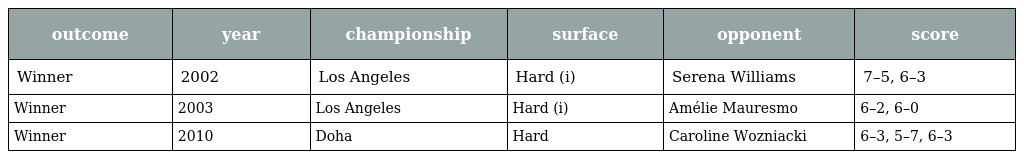
| outcome | year | championship | surface | opponent | score |
 | --- | --- | --- | --- | --- | --- |
 | Winner | 2002 | Los Angeles | Hard (i) | Serena Williams | 7–5, 6–3 |
 | Winner | 2003 | Los Angeles | Hard (i) | Amélie Mauresmo | 6–2, 6–0 |
 | Winner | 2010 | Doha | Hard | Caroline Wozniacki | 6–3, 5–7, 6–3 |